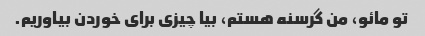
تو مائو، من گرسنه هستم، بیا چیزی برای خوردن بیاوریم.